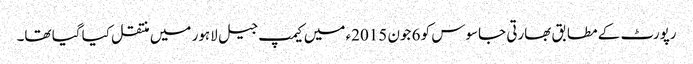
رپورٹ کے مطابق بھارتی جاسوس کو 6 جون 2015ء میں کیمپ جیل لاہور میں منتقل کیا گیا تھا۔